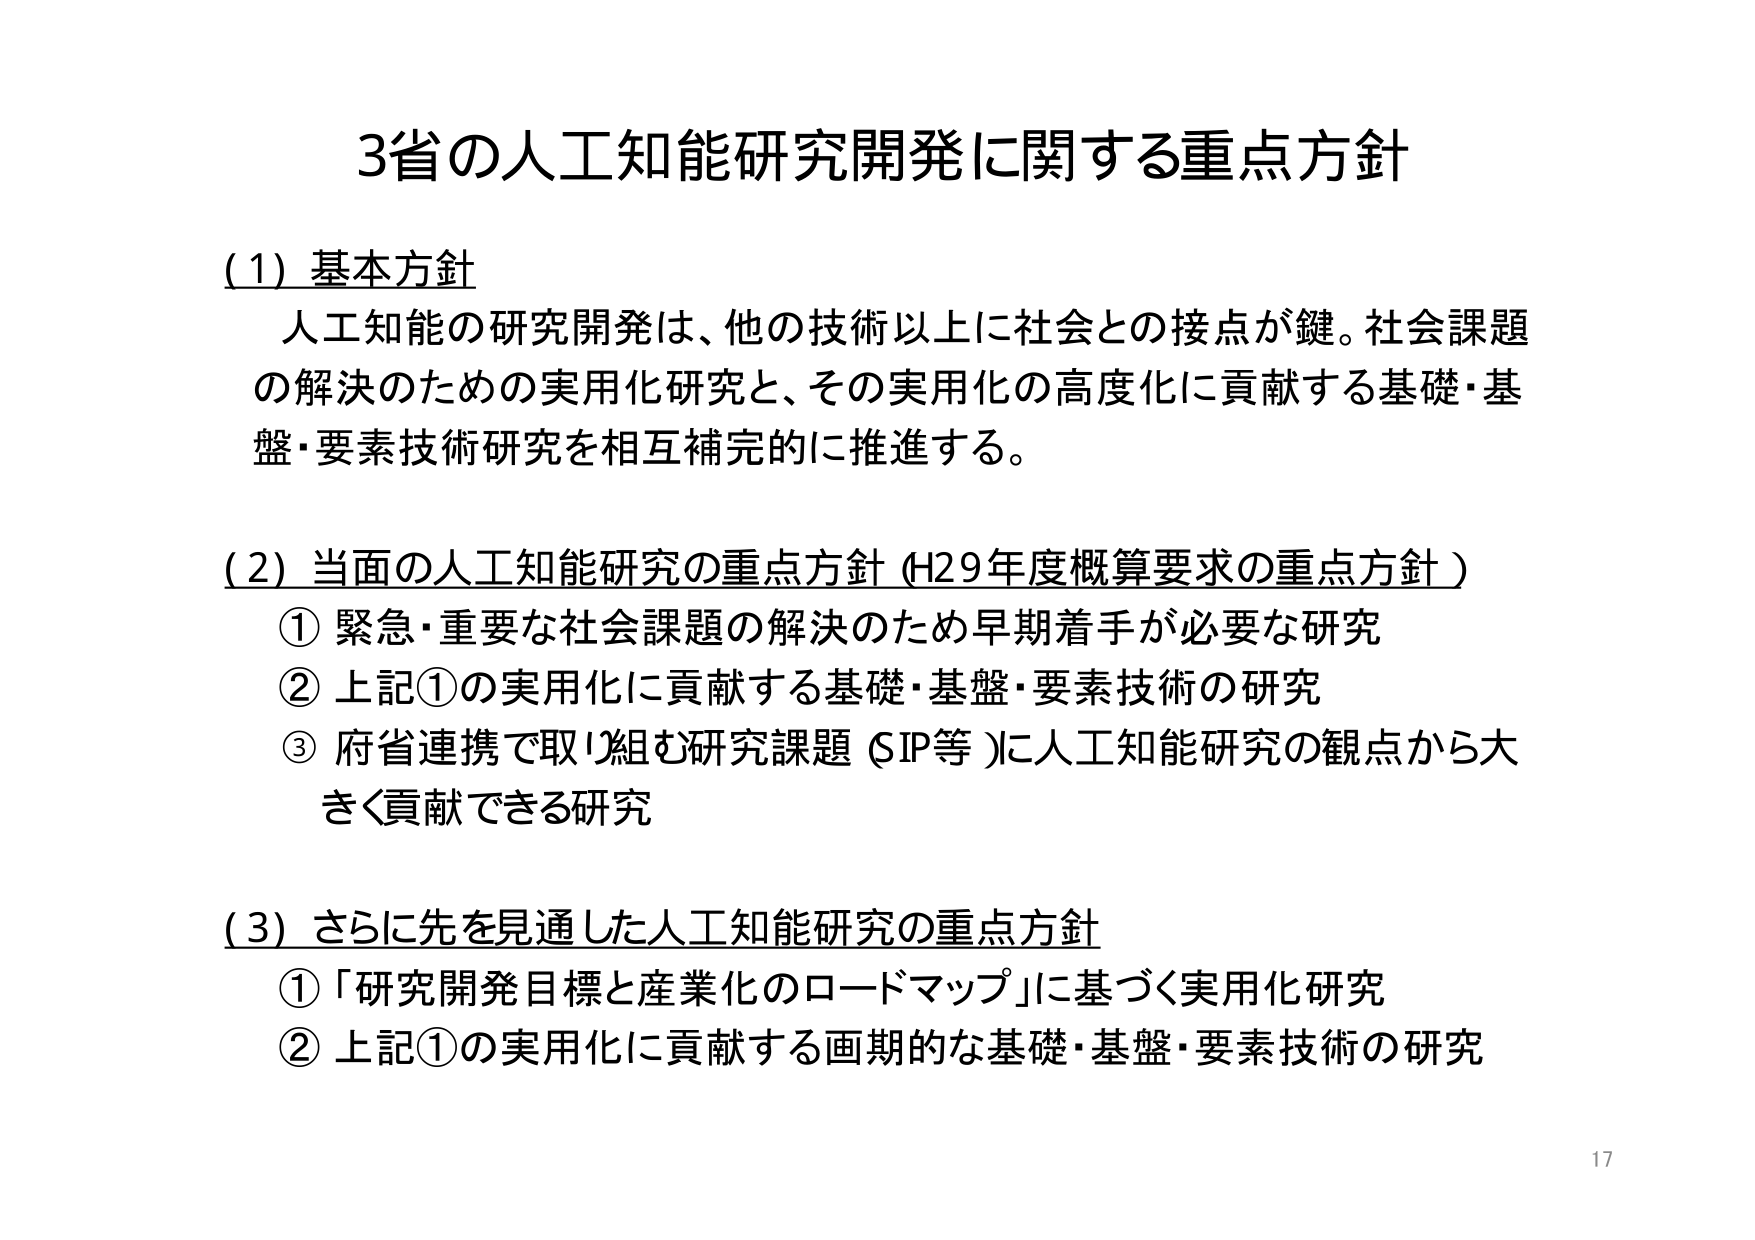
3省の人工知能研究開発に関する重点方針

(1) 基本方針
人工知能の研究開発は、他の技術以上に社会との接点が鍵。社会課題の解決のための実用化研究と、その実用化の高度化に貢献する基礎・基盤・要素技術研究を相互補完的に推進する。

(2) 当面の人工知能研究の重点方針（H29年度概算要求の重点方針）
① 緊急・重要な社会課題の解決のため早期着手が必要な研究
② 上記①の実用化に貢献する基礎・基盤・要素技術の研究
③ 府省連携で取り組む研究課題（SIP等）に人工知能研究の観点から大きく貢献できる研究

(3) さらに先を見通した人工知能研究の重点方針
① 「研究開発目標と産業化のロードマップ」に基づく実用化研究
② 上記①の実用化に貢献する画期的な基礎・基盤・要素技術の研究

17